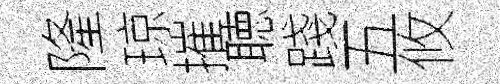
隆琼摧聴踐五攸